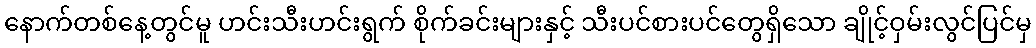
နောက်တစ်နေ့တွင်မူ ဟင်းသီးဟင်းရွက် စိုက်ခင်းများနှင့် သီးပင်စားပင်တွေရှိသော ချိုင့်ဝှမ်းလွင်ပြင်မှ